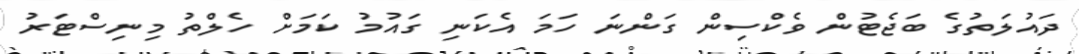
ދައުލަތުގެ ބަޖެޓުން ވެކްސިން ގަންނަ ހަމަ އެކަނި ގައުމު ކަމަށް ހެލްތު މިނިސްޓަރު